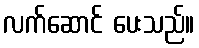
လက်ဆောင် ပေးသည်။